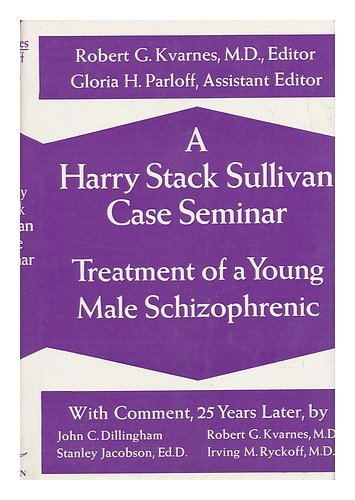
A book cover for A Harry Stack Sullivan Case Seminar: Treatment of a Young Male Schizophrenic; Robert G. Kvarnes; Health, Fitness & Dieting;